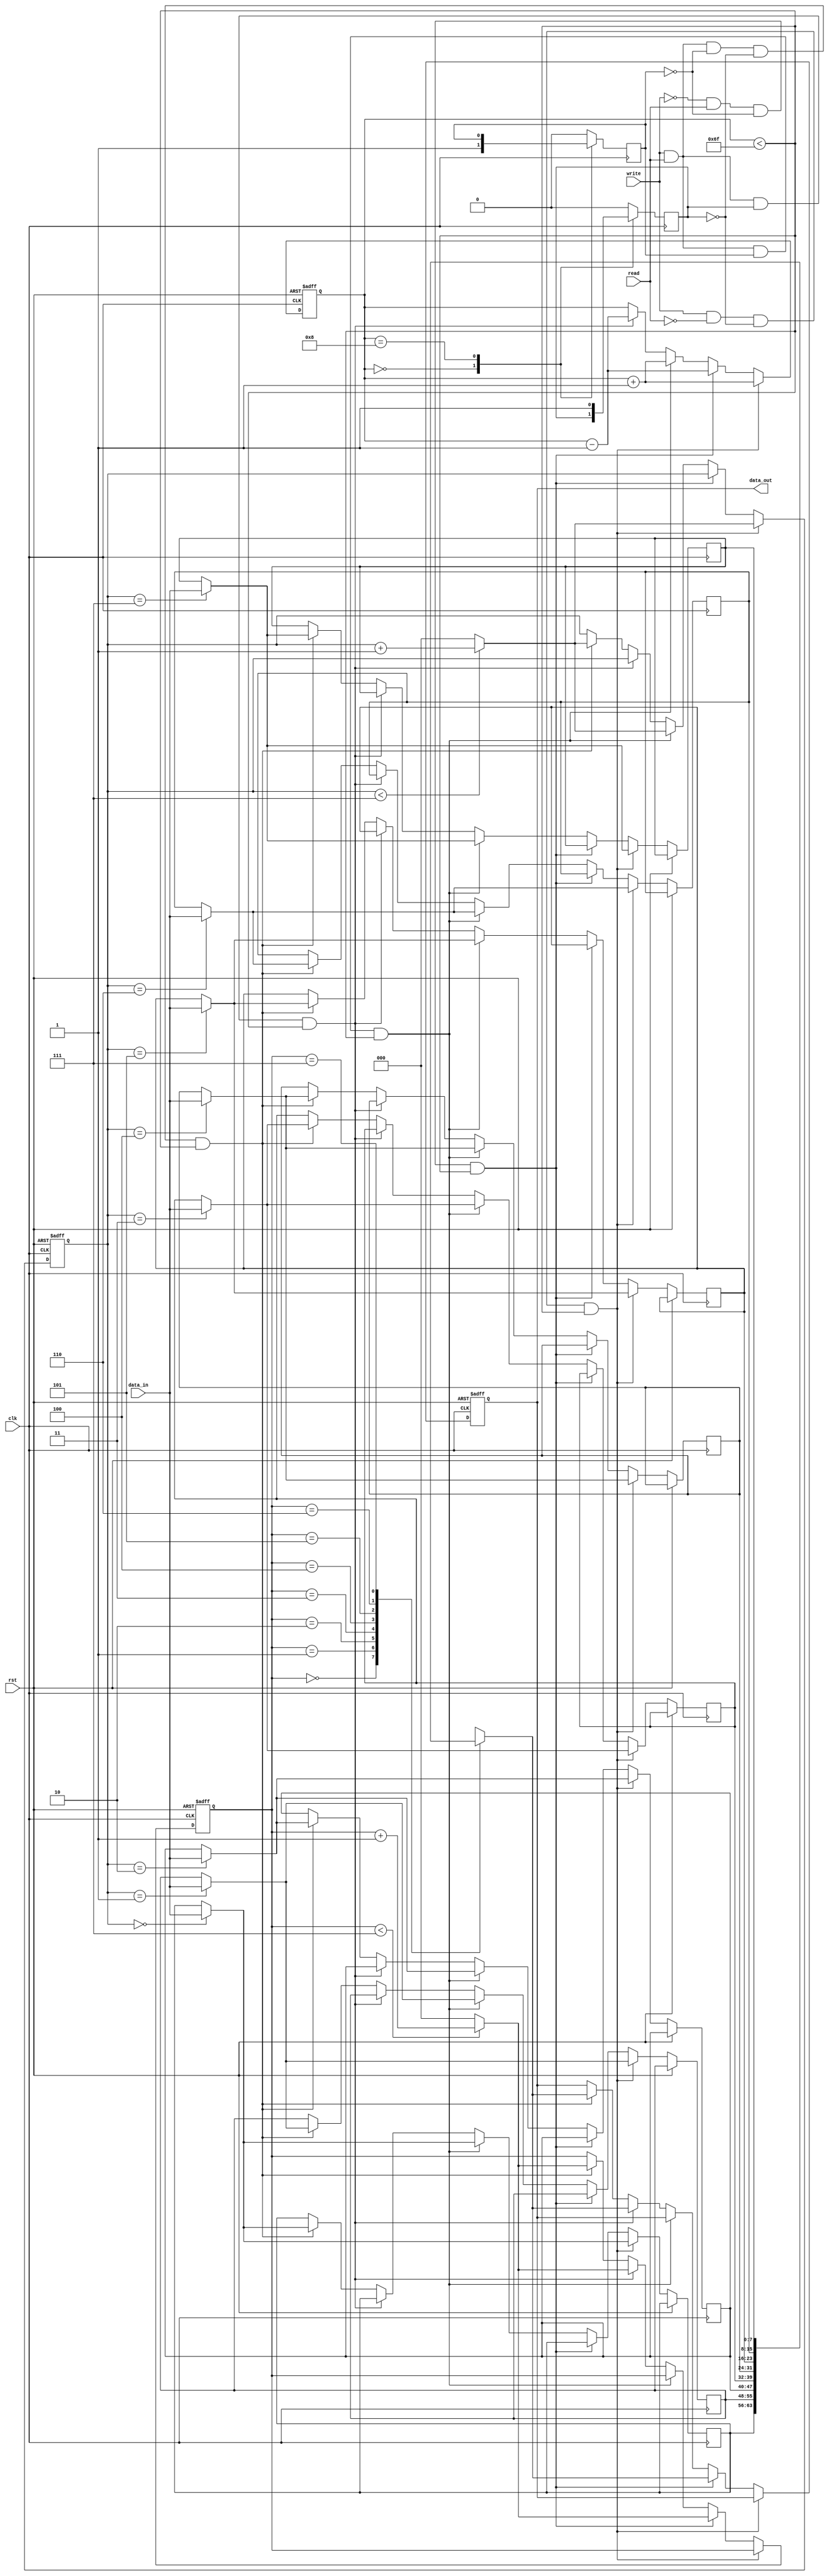
`timescale 1ns / 1ps
//////////////////////////////////////////////////////////////////////////////////
// Company: 
// Engineer: 
// 
// Design Name: 
// Module Name:    fifo4 
// Project Name: 
// Target Devices: 
// Tool versions: 
// Description: 
//
// Dependencies: 
//
// Revision: 
// Revision 0.01 - File Created
// Additional Comments: 
//
//////////////////////////////////////////////////////////////////////////////////
module fifo4(clk, rst, write,data_in, read, data_out);
input clk, rst, write,read;
input[7:0] data_in;
output[7:0] data_out;
reg[2:0] read_ptr=3'b000;
reg[2:0] write_ptr=3'b000;
reg[3:0] count=4'b0000;
reg[7:0] data_out;
reg stack_full=1'b0;
reg stack_empty=1'b1;
reg[7:0] stack[7:0];
always @(posedge clk)
begin
case(count)
4'b0000:stack_empty=1'b1;
4'b1000: stack_full=1'b1;
default: begin
stack_empty=1'b0;
stack_full=1'b0;
end
endcase
end
always @(posedge clk or posedge rst)
begin
if(rst==1)
begin
data_out<=0;
read_ptr<=0;
write_ptr<=0;
count<=0;
end
else if(write&&(!read)&&(!stack_full)&&(count<0111))
begin
stack[write_ptr]<=data_in;
if(write_ptr<3'b111)
write_ptr<=write_ptr+1'b1;
else
write_ptr<=3'b000;
count<=count+1'b1;
end
else if(!write&& read &&(!stack_empty)&&(count<0111))
begin
data_out<=stack[read_ptr];
if(read_ptr<3'b111)
read_ptr<=read_ptr+1'b1;
else
read_ptr<=3'b000;
count<=count-1'b1;
end
else if(write&&read&&stack_empty&&(count<0111))
begin
stack[write_ptr]<=data_in;
if(write_ptr<3'b111)
write_ptr<=write_ptr+1'b1;
else
write_ptr<=3'b000;
count<=count+1'b1;
end
else if(write&&read&&stack_full&&(count<0111))
begin
data_out<=stack[read_ptr];
if(read_ptr<3'b111)
read_ptr<=read_ptr+1'b1;
else
read_ptr<=3'b000;
count<=count-1'b1;
end
else if(write&&read&&(!stack_empty)&&(!stack_full)&&(count<0111))
begin
stack[write_ptr]<=data_in;
if(write_ptr<3'b111)
write_ptr<=write_ptr+1'b1;
else
write_ptr<=3'b000;
data_out<=stack[read_ptr];
if(read_ptr<3'b111)
read_ptr<=read_ptr+1'b1;
else
read_ptr<=3'b000;
end
end



endmodule